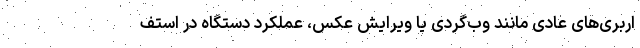
اربری‌های عادی مانند وب‌گردی یا ویرایش عکس، عملکرد دستگاه در استف